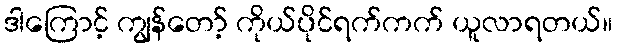
ဒါကြောင့် ကျွန်တော့် ကိုယ်ပိုင်ရက်ကက် ယူလာရတယ်။